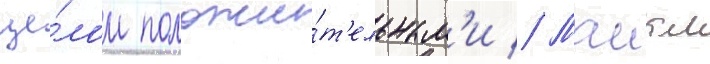
це́лом положи́т'ельным'и // Маикл